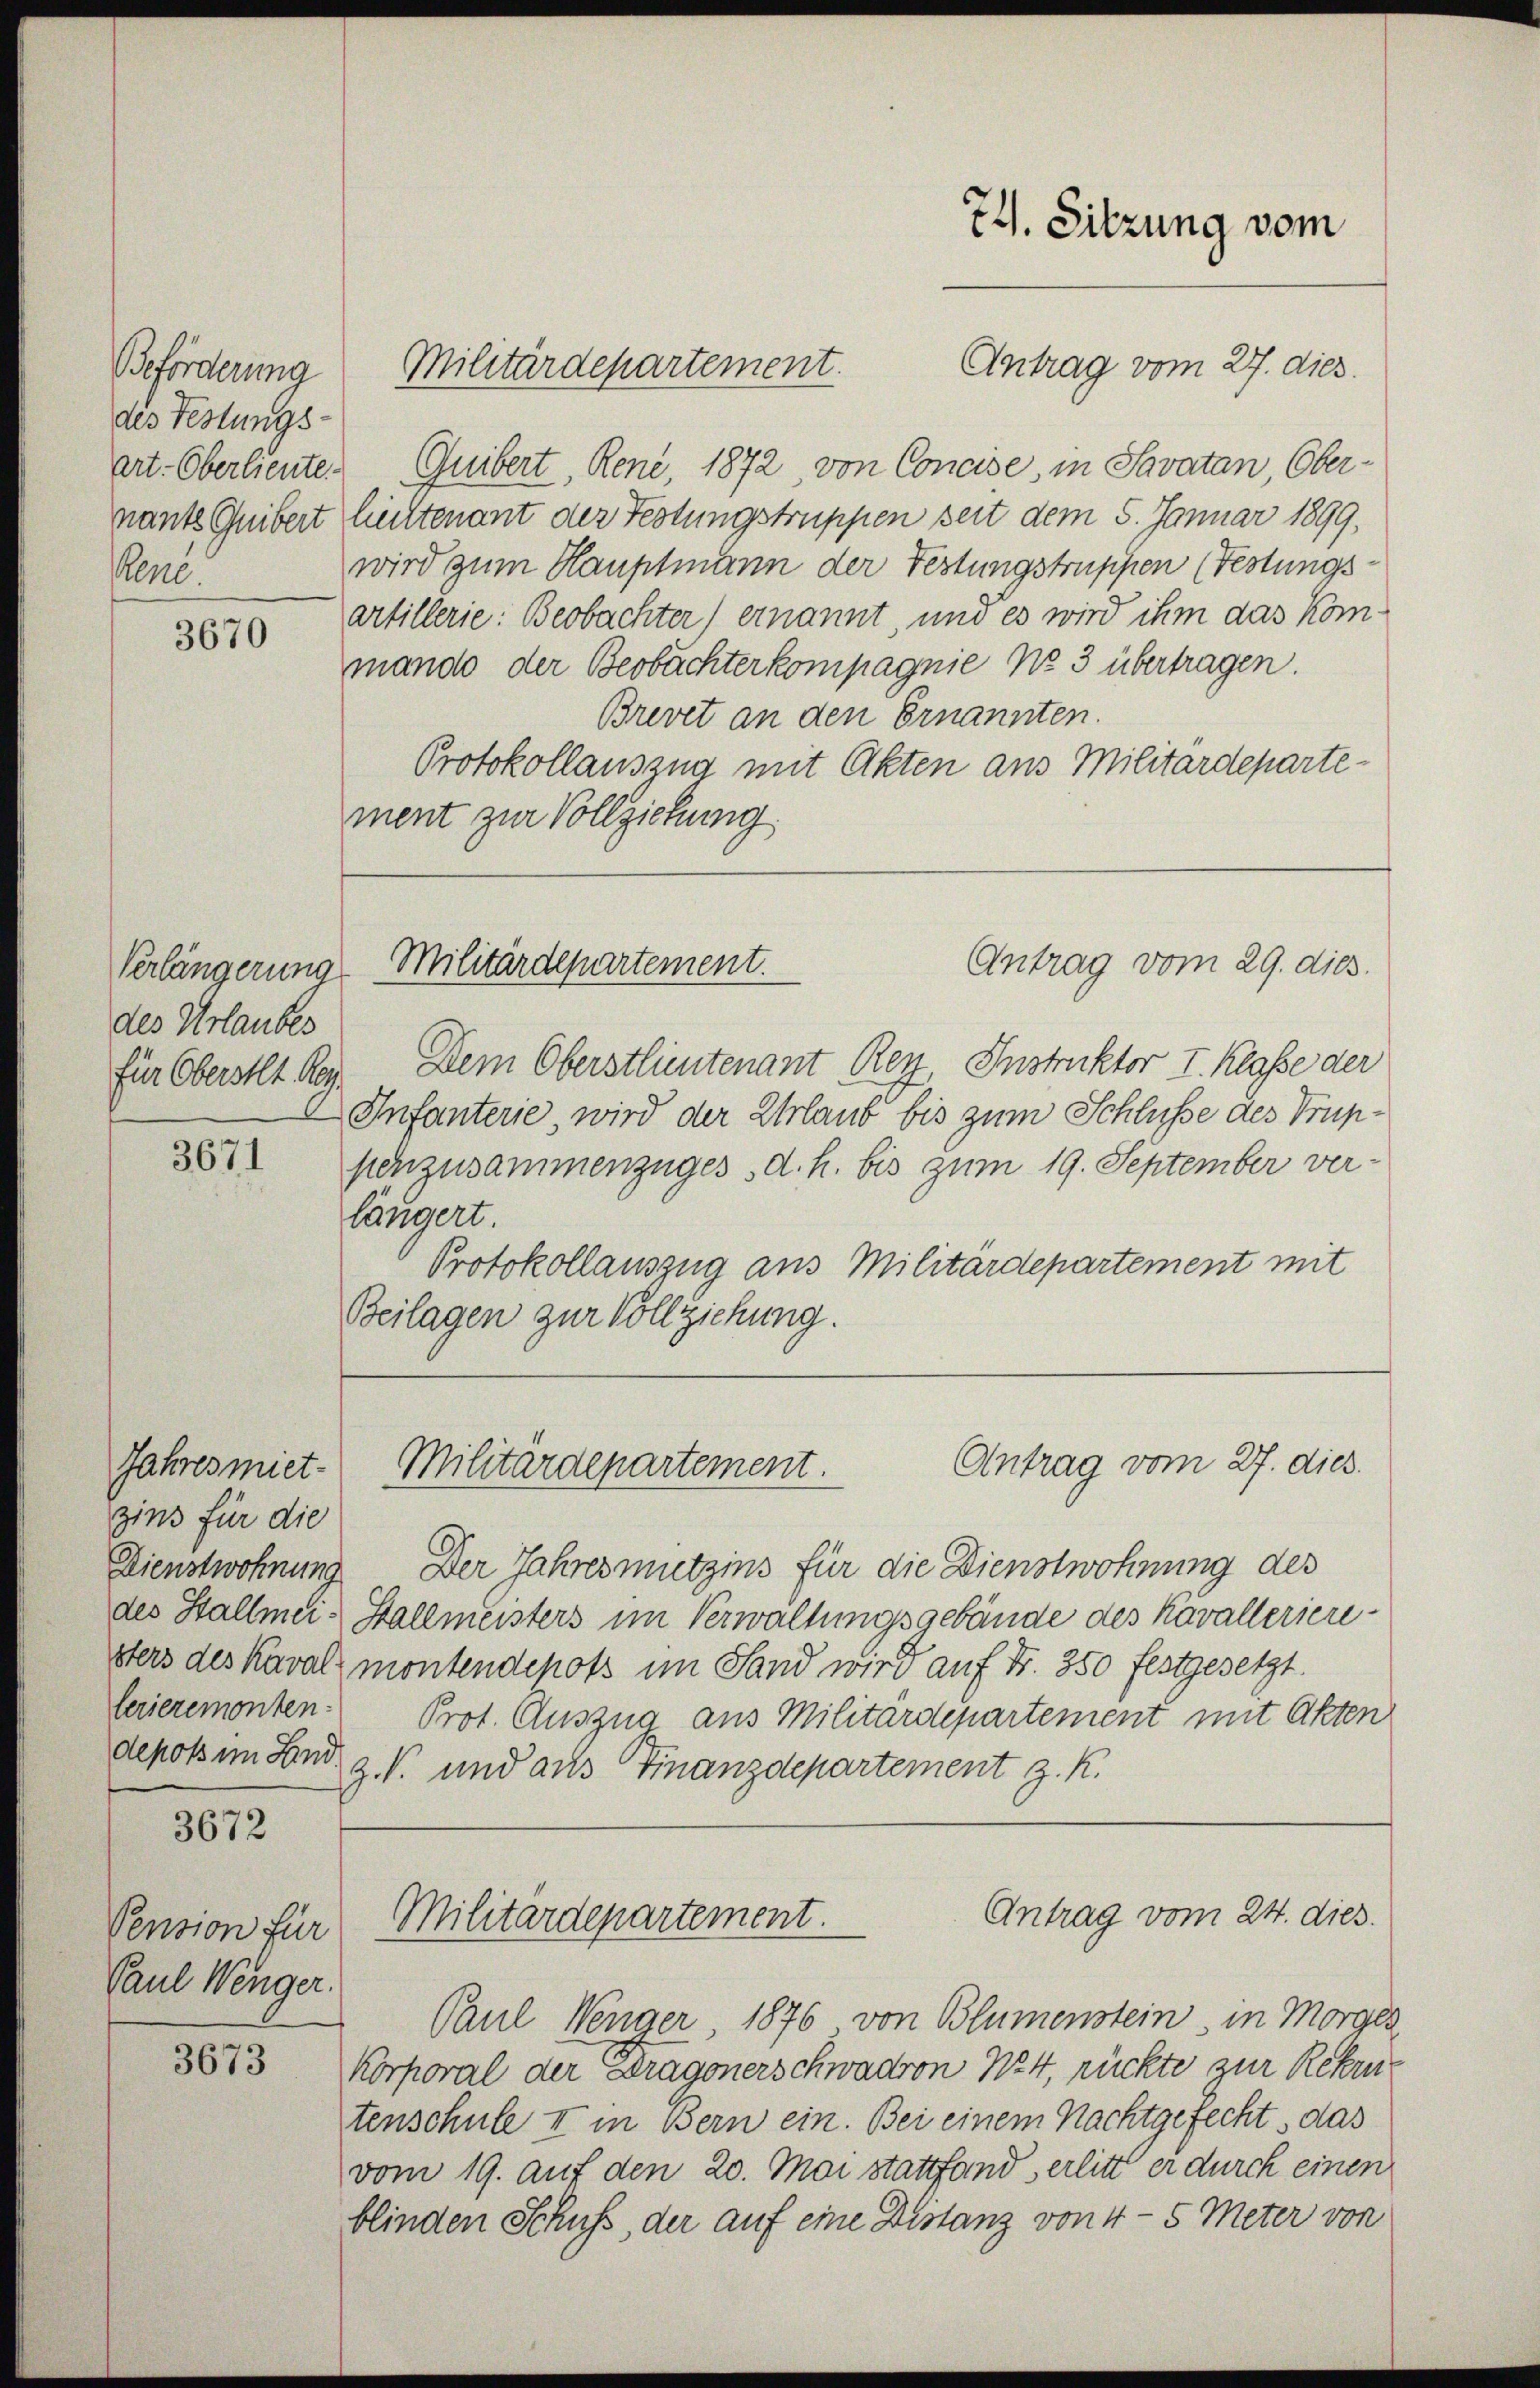
Beförderung
des Festungs-
Art. Oberlieute.
Pene.

3670

Verlängerung
des Urlaubes
für Oberstl. Res

3671

Jahres miet-
zins für die
Dienstwohnung
lerieremonten-

3672

Pension für
Paul Wenger.

3673

Antrag vom 27. dies
Militärdepartement.
Quibert, Rene, 1872 von Concise, in Savatan, Ober-
nant Guibert hieltenant der Festungstruppen seit dem 5. Januar 1899,
wird zum Hauptmann der Festungstruppen (Festungsartillerie: Beobachter) ernannt, und es wird ihm das Kommando der Beobachterkompagnie No 3 übertragen.
Brevet an den Ernannten.
Protokollauszug mit Akten aus Militärdepartement zur Vollziehung

Militärdepartement.

Dem Oberstlieutenant Rey, Instruktor I. Klasse der
Infanterie wird der Urlaub bis zum Schlüsse des Truppenzusammenzuges d. h. bis zum 19. September ver-
längert.
Protokollauszug aus Militärdepartement mit
Beilagen zur Vollziehung.

Der Jahres mitzins für die Dienstwohnung des
des Stallmei. Stallmeisters im Verwaltungsgebäude des Kavallerieresters des Kavalmontendepots im Sand wird auf Fr. 350 festgesetzt.
Prot. Auszua aus Militärdepartement mit Akten
depots im Land z. B. und aus Finanzdepartement z. R.
Antrag vom 24. dies.
Militärdepartement.
Paul Wenger, 1876 von Blumenstein, in Morges
Korporal der Dragonerschwadron 124, rückte zur Rekrutenschule I in Bern ein. Bei einem Nachtgefecht das
vom 19. auf den 20. Mai stattfand, erlitt er durch einen
blinden Schuss, der auf eine Distanz von 4-5 Meter von

74. Sitzung vom

Antrag vom 27. dies
Militärdepartement.

Antrag vom 29. dies